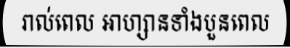
រាល់ពេល អាហ្សានទាំងបួនពេល